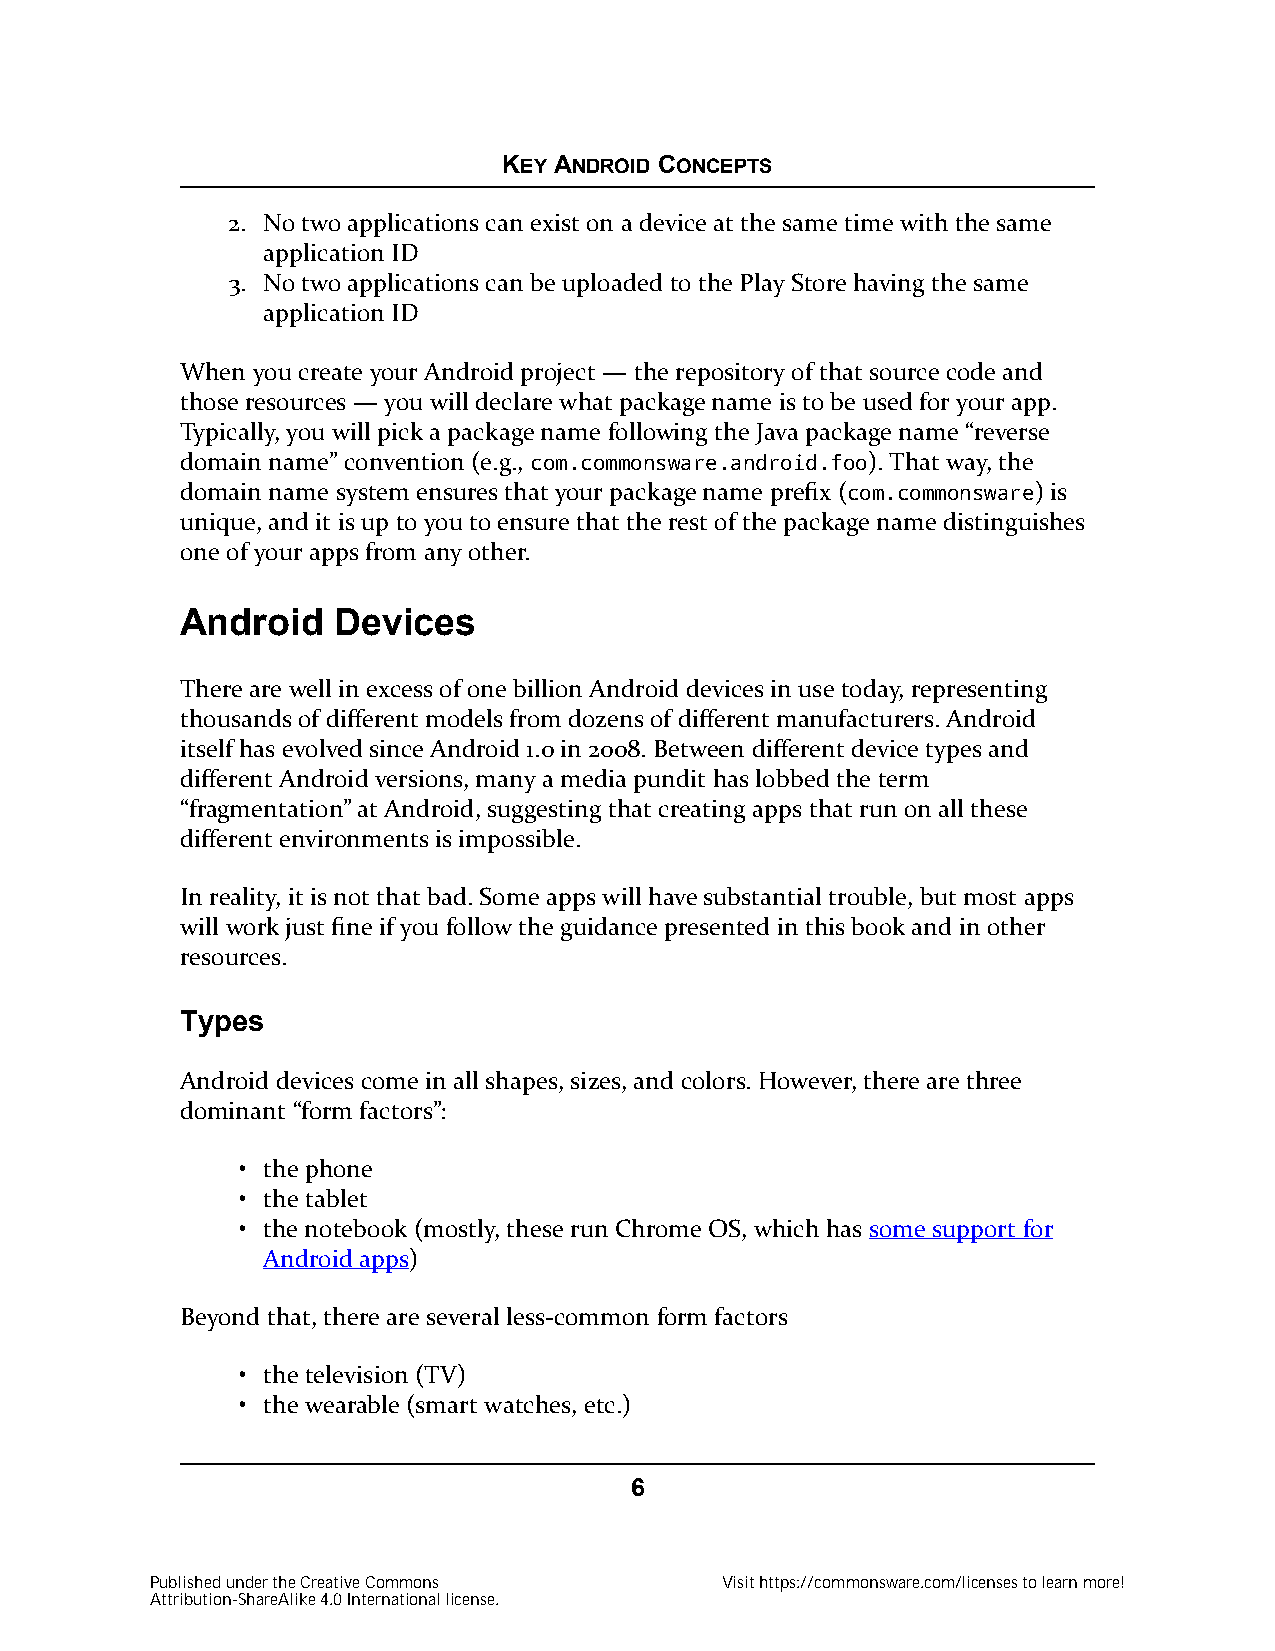
KEY ANDROID CONCEPTS
 2. No two applications can exist on a device at the same time with the same
 application ID
 3. No two applications can be uploaded to the Play Store having the same
 application ID
 When you create your Android project — the repository of that source code and
 those resources — you will declare what package name is to be used for your app.
 Typically, you will pick a package name following the Java package name “reverse
 domain name” convention (e.g., com.commonsware.android.foo). That way, the
 domain name system ensures that your package name prefix (com.commonsware) is
 unique, and it is up to you to ensure that the rest of the package name distinguishes
 one of your apps from any other.
 Android   Devices
 There are well in excess of one billion Android devices in use today, representing
 thousands of different models from dozens of different manufacturers. Android
 itself has evolved since Android 1.0 in 2008. Between different device types and
 different Android versions, many a media pundit has lobbed the term
 “fragmentation” at Android, suggesting that creating apps that run on all these
 different environments is impossible.
 In reality, it is not that bad. Some apps will have substantial trouble, but most apps
 will work just fine if you follow the guidance presented in this book and in other
 resources.
 Types
 Android devices come in all shapes, sizes, and colors. However, there are three
 dominant “form factors”:
 • the phone
 • the tablet
 • the notebook (mostly, these run Chrome OS, which has some support for
 Android apps)
 Beyond that, there are several less-common form factors
 • the television (TV)
 • the wearable (smart watches, etc.)
 6
 Published under the Creative Commons  Visit https://commonsware.com/licenses to learn more!
 Attribution-ShareAlike 4.0 International license.